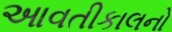
આવતીકાલનો